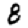
Digit: 8